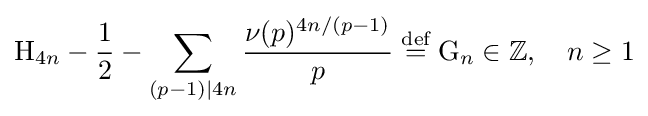
\mathrm {H} _{4n}-{\frac {1}{2}}-\sum _{(p-1)|4n}{\frac {\nu (p)^{4n/(p-1)}}{p}}\mathrel {\overset {\text{def}}{=}} \mathrm {G} _{n}\in \mathbb {Z} ,\quad n\geq 1